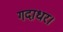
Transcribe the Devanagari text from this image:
गदाधर।